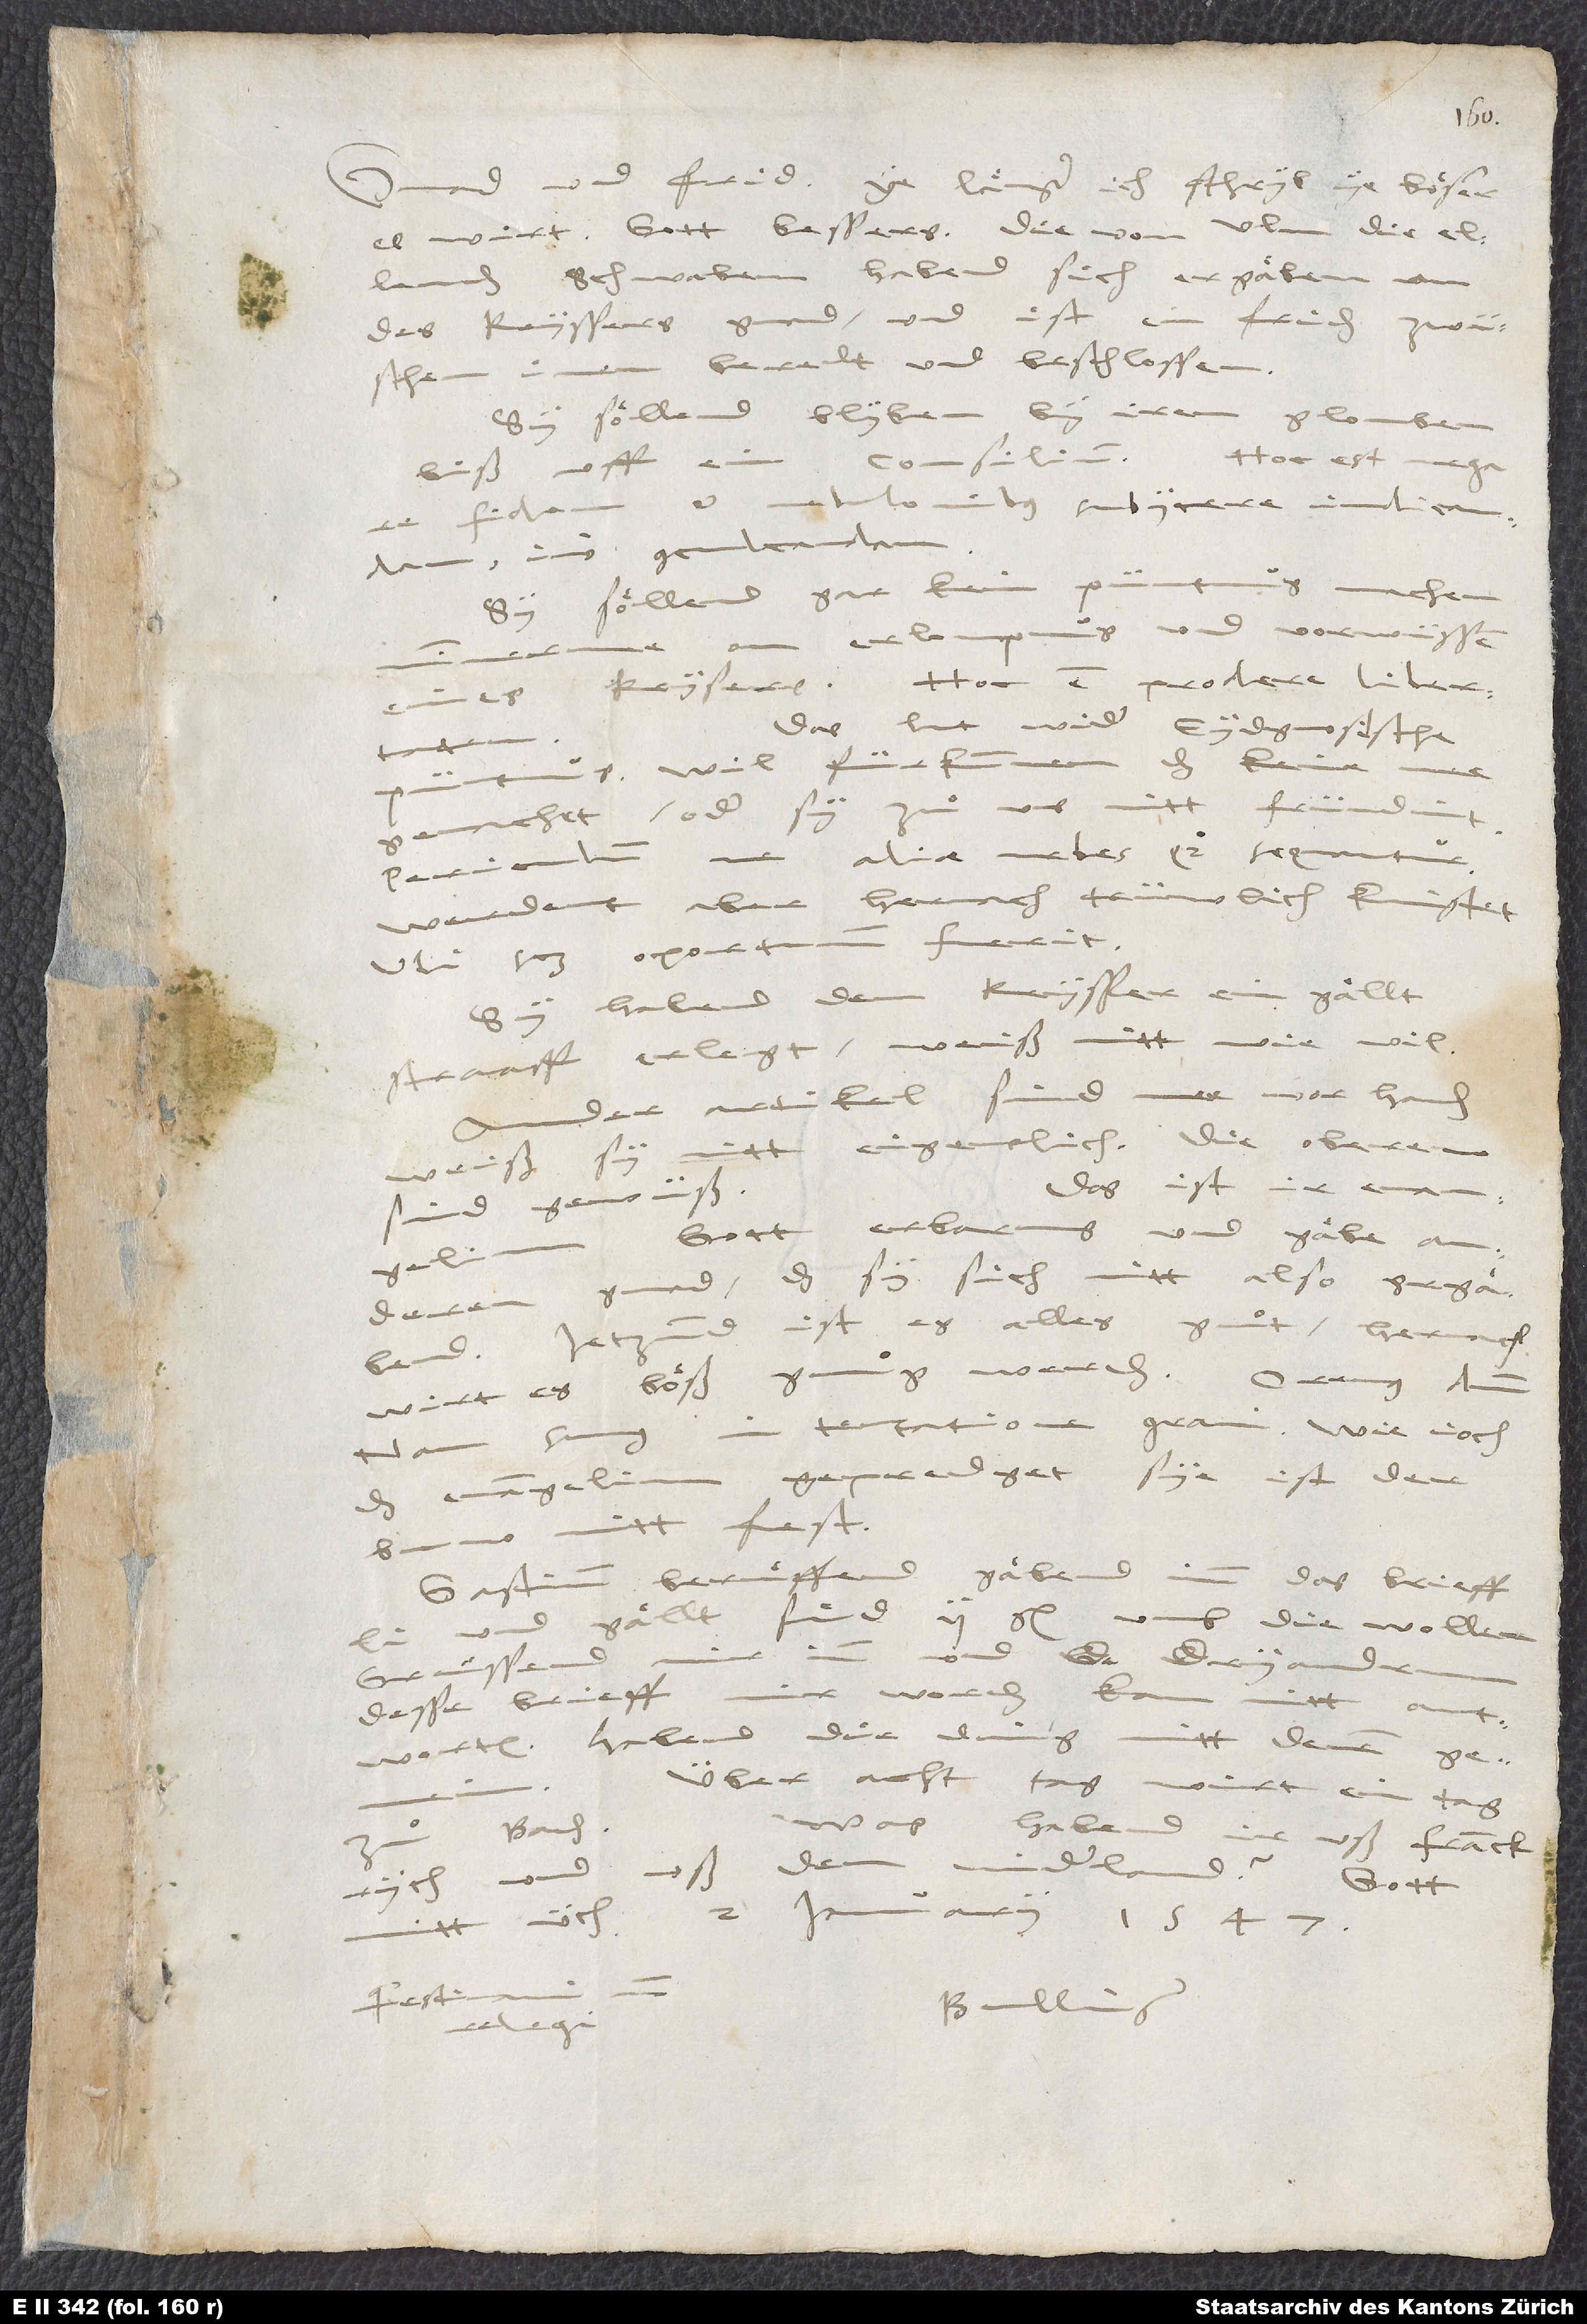
Gnad und frid. Ye laͤnger ich schryb, ye boͤser
Schwaben, habend sich ergaͤben an
des keyssers gnad! Und ist ein friden zwüschen
inen beredt und beschlossen.
Sy soͤllend blyben by irem glouben
Hoc est negare
biß uff ein consilium.
fidem et nebulonibus subiicere iudicandam,
imo conculcandam.
Sy soͤllend gar kein püntnus machen
on erloupnus und vorwüssen
keysers. Hoc est prodere libertatem.
Das lut wider eydgnosische
Wil fürkummen, das
gemachet oder sy zuͦ uns nitt fründint.
aliae urbes quoque sequantur.
Periculum,
Werdent aber hernach trüwlich knistet,
ubi scilicet oportunum fuerit.
Sy habend dem keysser ein
gaͤlltstraaff erlegt. Weiß nitt, wie vil.
Ander artikel sind mee vorhanden.
Weiß sy nitt eigentlich. Die oberen
Das ist ir evangelium!
sind gewüß.
Gott erbarms und gaͤbe anderen
gnad, das sy sich nitt also ergaͤbend.
Jetzund ist es alles guͦt; hernach
wirt es boͤß gnuͦg werden. Oremus dominum,
nam sumus in tentatione gravi. Wie joch
das evangelium gepredget sye, ist der
buw nitt fest.
Gastium beruͤffend. Gaͤbend imm das brieffli
umb die wollen.
Gruͤssend
desse brieff mir worden. Kan nitt antworten.
Habend die ding mitt denen
Über acht tag wirt ein tag
Baden.
Was habend ir uß Franckrych
uß dem Niderland?
mitt üch. 2. ianuarii 1547.
Bullinger.
relegi.